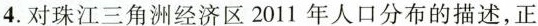
4.对珠江三角洲经济区2011年人口分布的描述，正